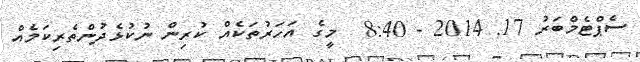
ސެޕްޓެމްބަރު 17